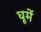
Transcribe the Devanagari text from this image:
घूमें